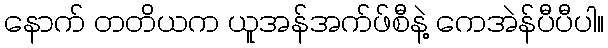
နောက် တတိယက ယူအန်အက်ဖ်စီနဲ့ ကေအဲန်ပီပီပါ။